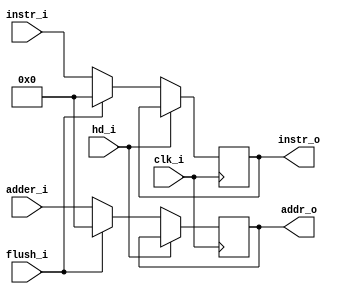
module IF_ID
(
	clk_i,
	hd_i,
	adder_i,
	instr_i,
	flush_i,
	instr_o,
	addr_o	
);

input			clk_i;
input 			hd_i,flush_i;
input [31:0]	adder_i,instr_i;
output	[31:0]	instr_o,addr_o;

reg [31:0]	addr,instr;

assign instr_o=instr;
assign addr_o=addr;

always@(posedge clk_i)begin
	if(hd_i)begin
		instr <= instr;
		addr <= addr;
	end
	else if(flush_i)begin
		instr <= 32'b0;
		addr <= 32'b0;
	end
	else begin
		instr <= instr_i;
		addr <= adder_i;
	end
end

endmodule